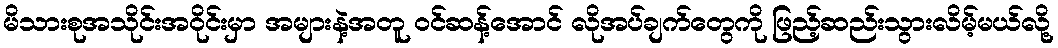
မိသားစုအသိုင်းအဝိုင်းမှာ အများနဲ့အတူ ဝင်ဆန့်အောင် လိုအပ်ချက်တွေကို ဖြည့်ဆည်းသွားလိမ့်မယ်လို့